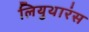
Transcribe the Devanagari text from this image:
लियुथारंस